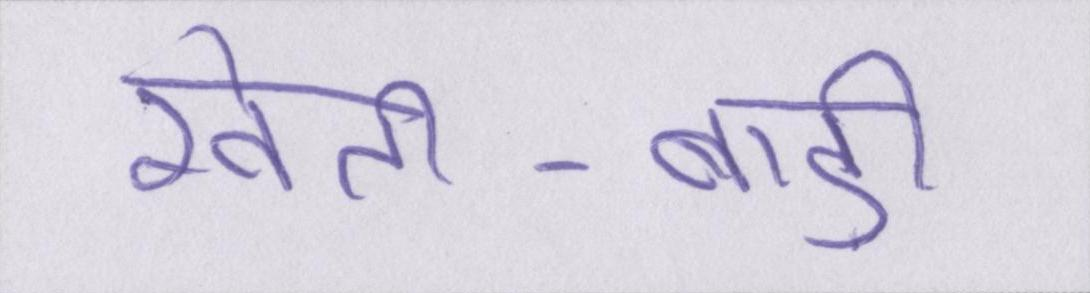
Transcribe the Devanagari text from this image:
खेती-बाड़ी